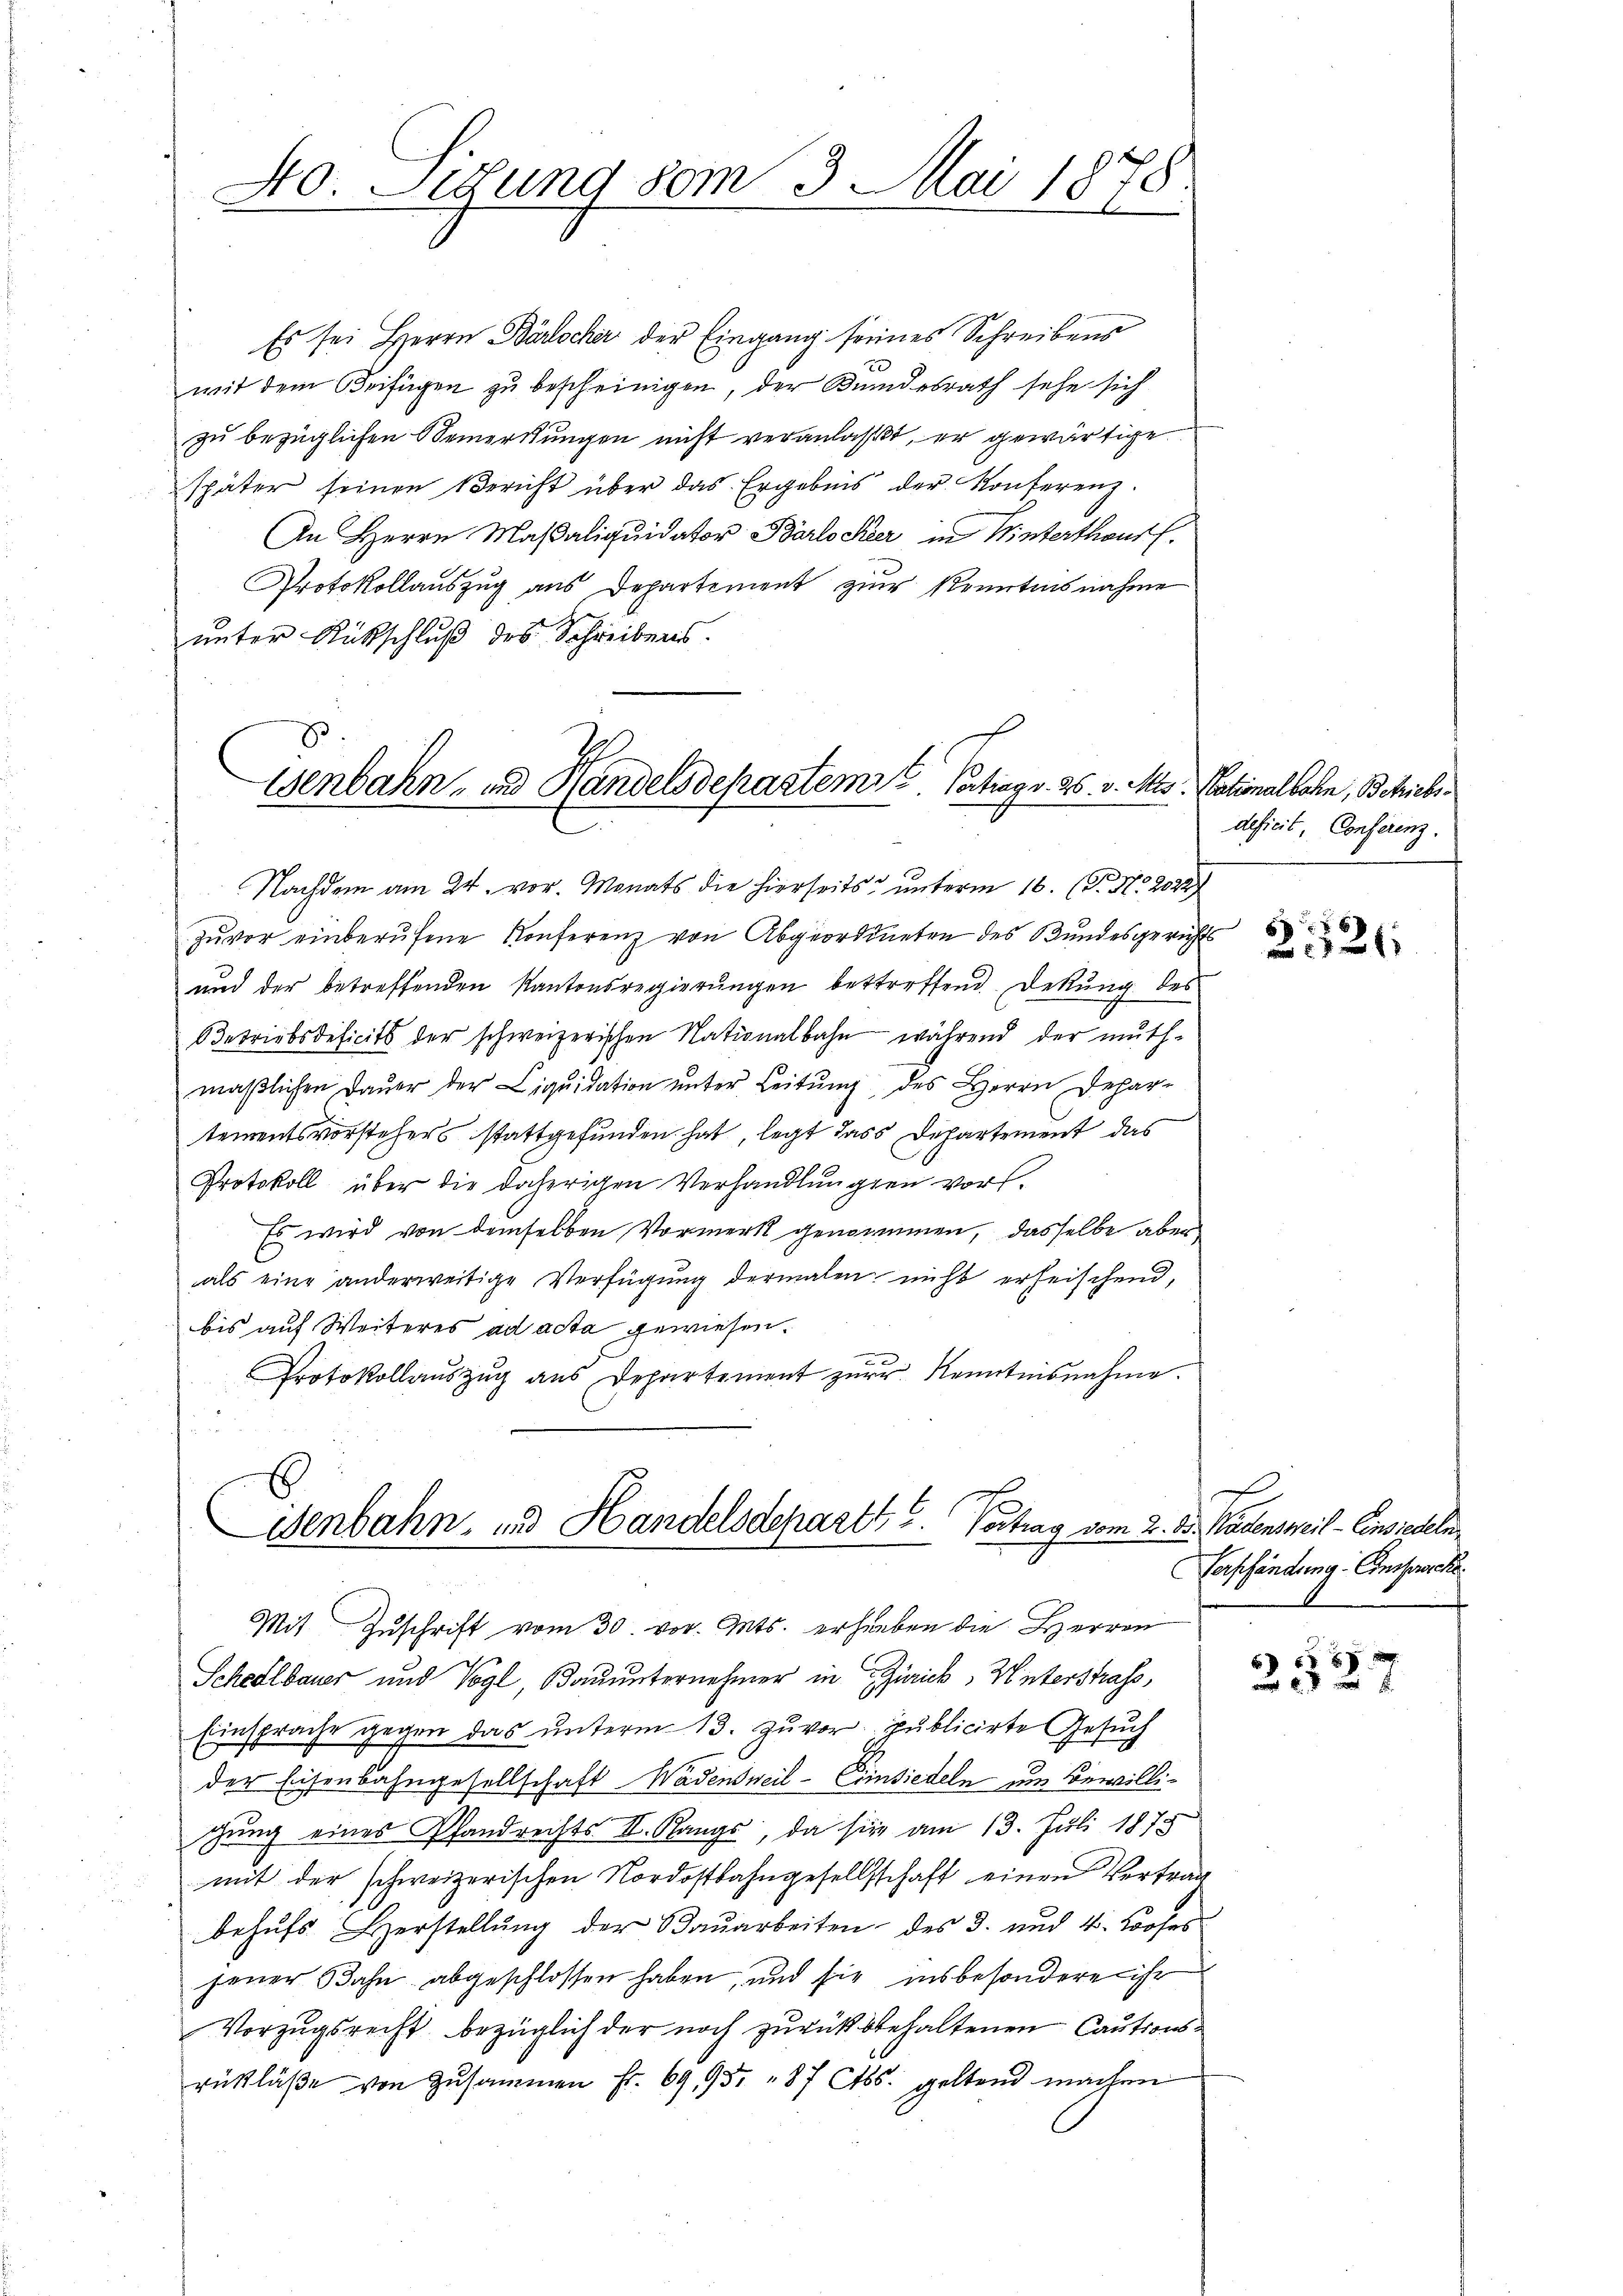
So. Sedung vom 3. Mai 1878

Es sei Herrn Bärischer der Eingang seines Schreibens
mit dem Beifügen zu bescheinigen, der Bundesrath sehe sich
zŭ bezüglichen Bemerkungen nicht veranlasst, er gewärtige
später seinen Bericht über das Ergebnis der Konferenz.
An Herrn Masaliquidator Barlocker in Winterthaus.
Protokollauszug aus Departement zur Kenntnisnahme
unter Rückschluß des Schreibens.
Nachdem am 24. vor. Monats die hierseits ŭnterm 16. (T. No. 2022
Zuvor einberufene Konferenz von Abgeordneten des Bundesgerichts
und der betreffenden Kantonsregierungen betreffend Dekung des
Betriebsdeficits der schweizerischen Nationalbahn während der muthmäβlichen Daŭer der Liqŭidation ŭnter Leitŭng des Herrn Depar-
tementsvorstehers stattgefunden hat, legt dass Departement das
Protokoll über die daherigen Verhandlungen vor.
Es wird von demselben Vormerk genommen, dasselbe aber
als eine anderweitige Verfügŭng dermalen nicht erheischend,
bis auf Weiteres ad acta gewiesen.
Protokollaŭszŭg ans Departement zŭr Kenntnisnahme.
u

Genbahn- und Handelsdepartem Vertrag v. 25. v. Mts. Nationalbahn, Betriebs¬

Senbahn, und Handelsdepartt u. Vortrag vom 2. A. Badensweil - Einsiedeln,

deficit, Conferenz.

Mit Zuschrift vom 30. vor. Mts. erhauben die Herren
Schedlbauer und Vogl, Bauunternehmer in Zürich, Winterstrass,
Einsprache gegen das unterm 13. Zuvor publicirte Gesuch
der Eisenbahngesellschaft Wädensweil - Einsiedeln um Bewillichung eines Pfandrechts II. Rangs, da sie am 13. Juli 1878
mit der schweizerischen Nordostbahngesellschaft einen Vertrag
behŭfs Herstellŭng der Baŭarbeiten des 3. und 4. Looses
jener Bahn abgeschlossen haben, und sie insbesondere ihr
Vorzugsrecht bezüglich der noch zurückbehaltenen Cautionsrükläße von Zusammen fr. 69, 95. 87 Cts. geltend machen

68
a    12

f
Verpfändung. Einssensche

5 x
 f 0 x